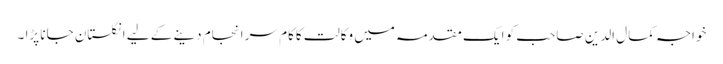
خواجہ کمال الدین صاحب کو ایک مقدمہ میں وکالت کاکام سر انجام دینے کے لیے انگلستان جانا پڑا ۔